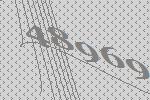
48969